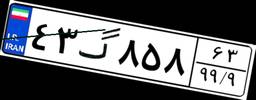
۴۳گ۸۵۸۶۳